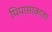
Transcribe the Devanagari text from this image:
पिपासाकातर